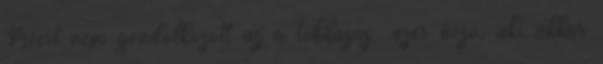
Miért nem gondolkozott az a többszáz ezer néző, aki akkor